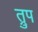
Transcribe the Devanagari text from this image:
त्रुप